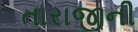
તારાજીની